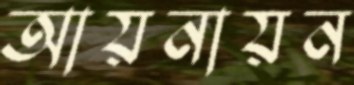
আয়নায়ন